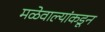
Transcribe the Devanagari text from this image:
मळेवाल्यांकडून